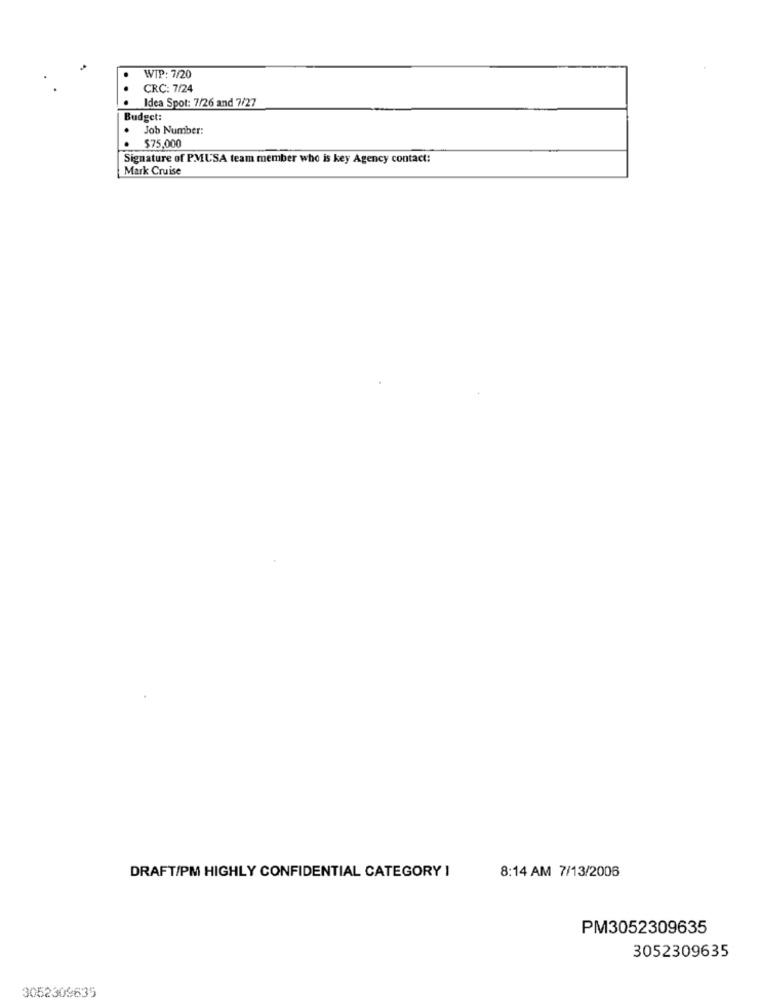
WIP: 7/20
CRC: 7/24
.
Idea Spot: 7/26 and 7/27
Budget:
.
Job Number:
· $75,000
Signature of PMUSA team member who is key Agency contact:
Mark Cruise
8:14 AM 7/13/2006
DRAFT/PM HIGHLY CONFIDENTIAL CATEGORY I
PM3052309635
3052309635
3052309635